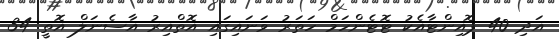
އަދި 40 ޕޮއިންޓާއެކު ޓޮޓެންހަމް ހަތަރު ވަނައިގައި އޮތްއިރު އާސެނަލް އޮތީ 34